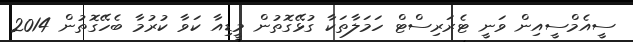
ސީއެމްސީއިން ވަނީ ޓެރަރިސްޓް ހަމަލާތަކާ ގުޅޭގޮތުން މީޑިއާ ކަވާ ކުރުމާ ބެހޭގޮތުން 2014